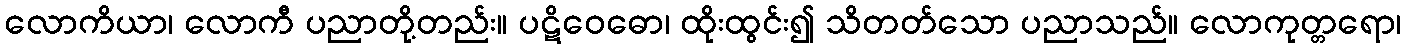
လောကိယာ၊ လောကီ ပညာတို့တည်း။ ပဋိဝေဓော၊ ထိုးထွင်း၍ သိတတ်သော ပညာသည်။ လောကုတ္တရော၊